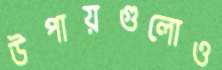
উপায়গুলোও